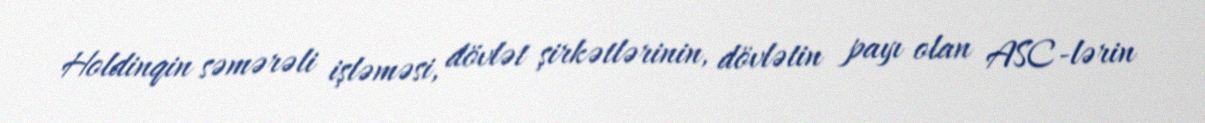
Holdinqin səmərəli işləməsi, dövlət şirkətlərinin, dövlətin payı olan ASC-lərin